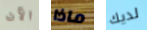
الآن ماذا لديك